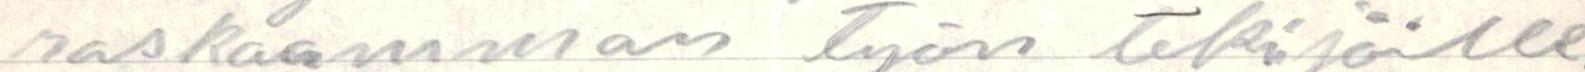
raskaamman työn tekijälle